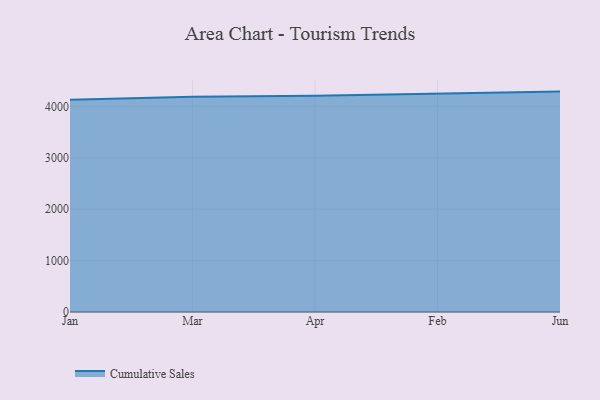
{"axis": {"x": "Month", "y": "Tickets Resolved"}, "legend": ["Cumulative Sales"], "data": [{"x": "Jan", "y": 4129.1, "type": "Cumulative Sales"}, {"x": "Mar", "y": 4188.9, "type": "Cumulative Sales"}, {"x": "Apr", "y": 4208.0, "type": "Cumulative Sales"}, {"x": "Feb", "y": 4254.3, "type": "Cumulative Sales"}, {"x": "Jun", "y": 4287.8, "type": "Cumulative Sales"}]}